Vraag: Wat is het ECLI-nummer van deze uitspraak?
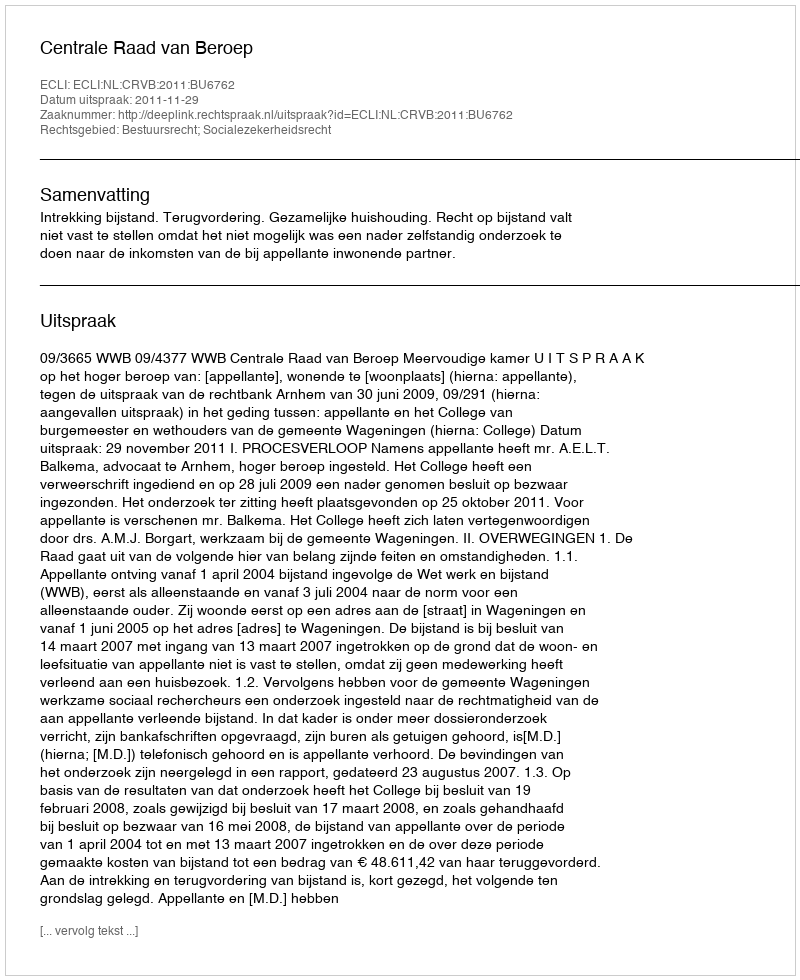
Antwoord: ECLI:NL:CRVB:2011:BU6762